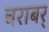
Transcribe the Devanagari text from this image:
बराबर्